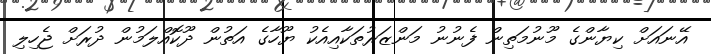
އޭނައަށް ކިޔާންގެ މޫނުމަތިން ފެނުނު މަންޒަރުތަކާއިއެކު ޔޫހާގެ އަތުން ދޫކޮއްލަމުން ދުރަށް ޖެހިލި